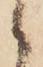
ゝ